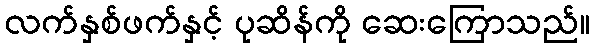
လက်နှစ်ဖက်နှင့် ပုဆိန်ကို ဆေးကြောသည်။